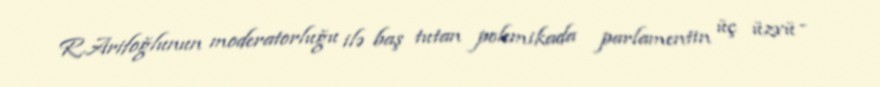
R.Arifoğlunun moderatorluğu ilə baş tutan polemikada parlamentin üç üzvü -